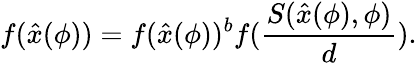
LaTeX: f(\hat{x}(\phi))=f(\hat{x}(\phi))^{b}f(\frac{S(\hat{x}(\phi),\phi)}{d}).